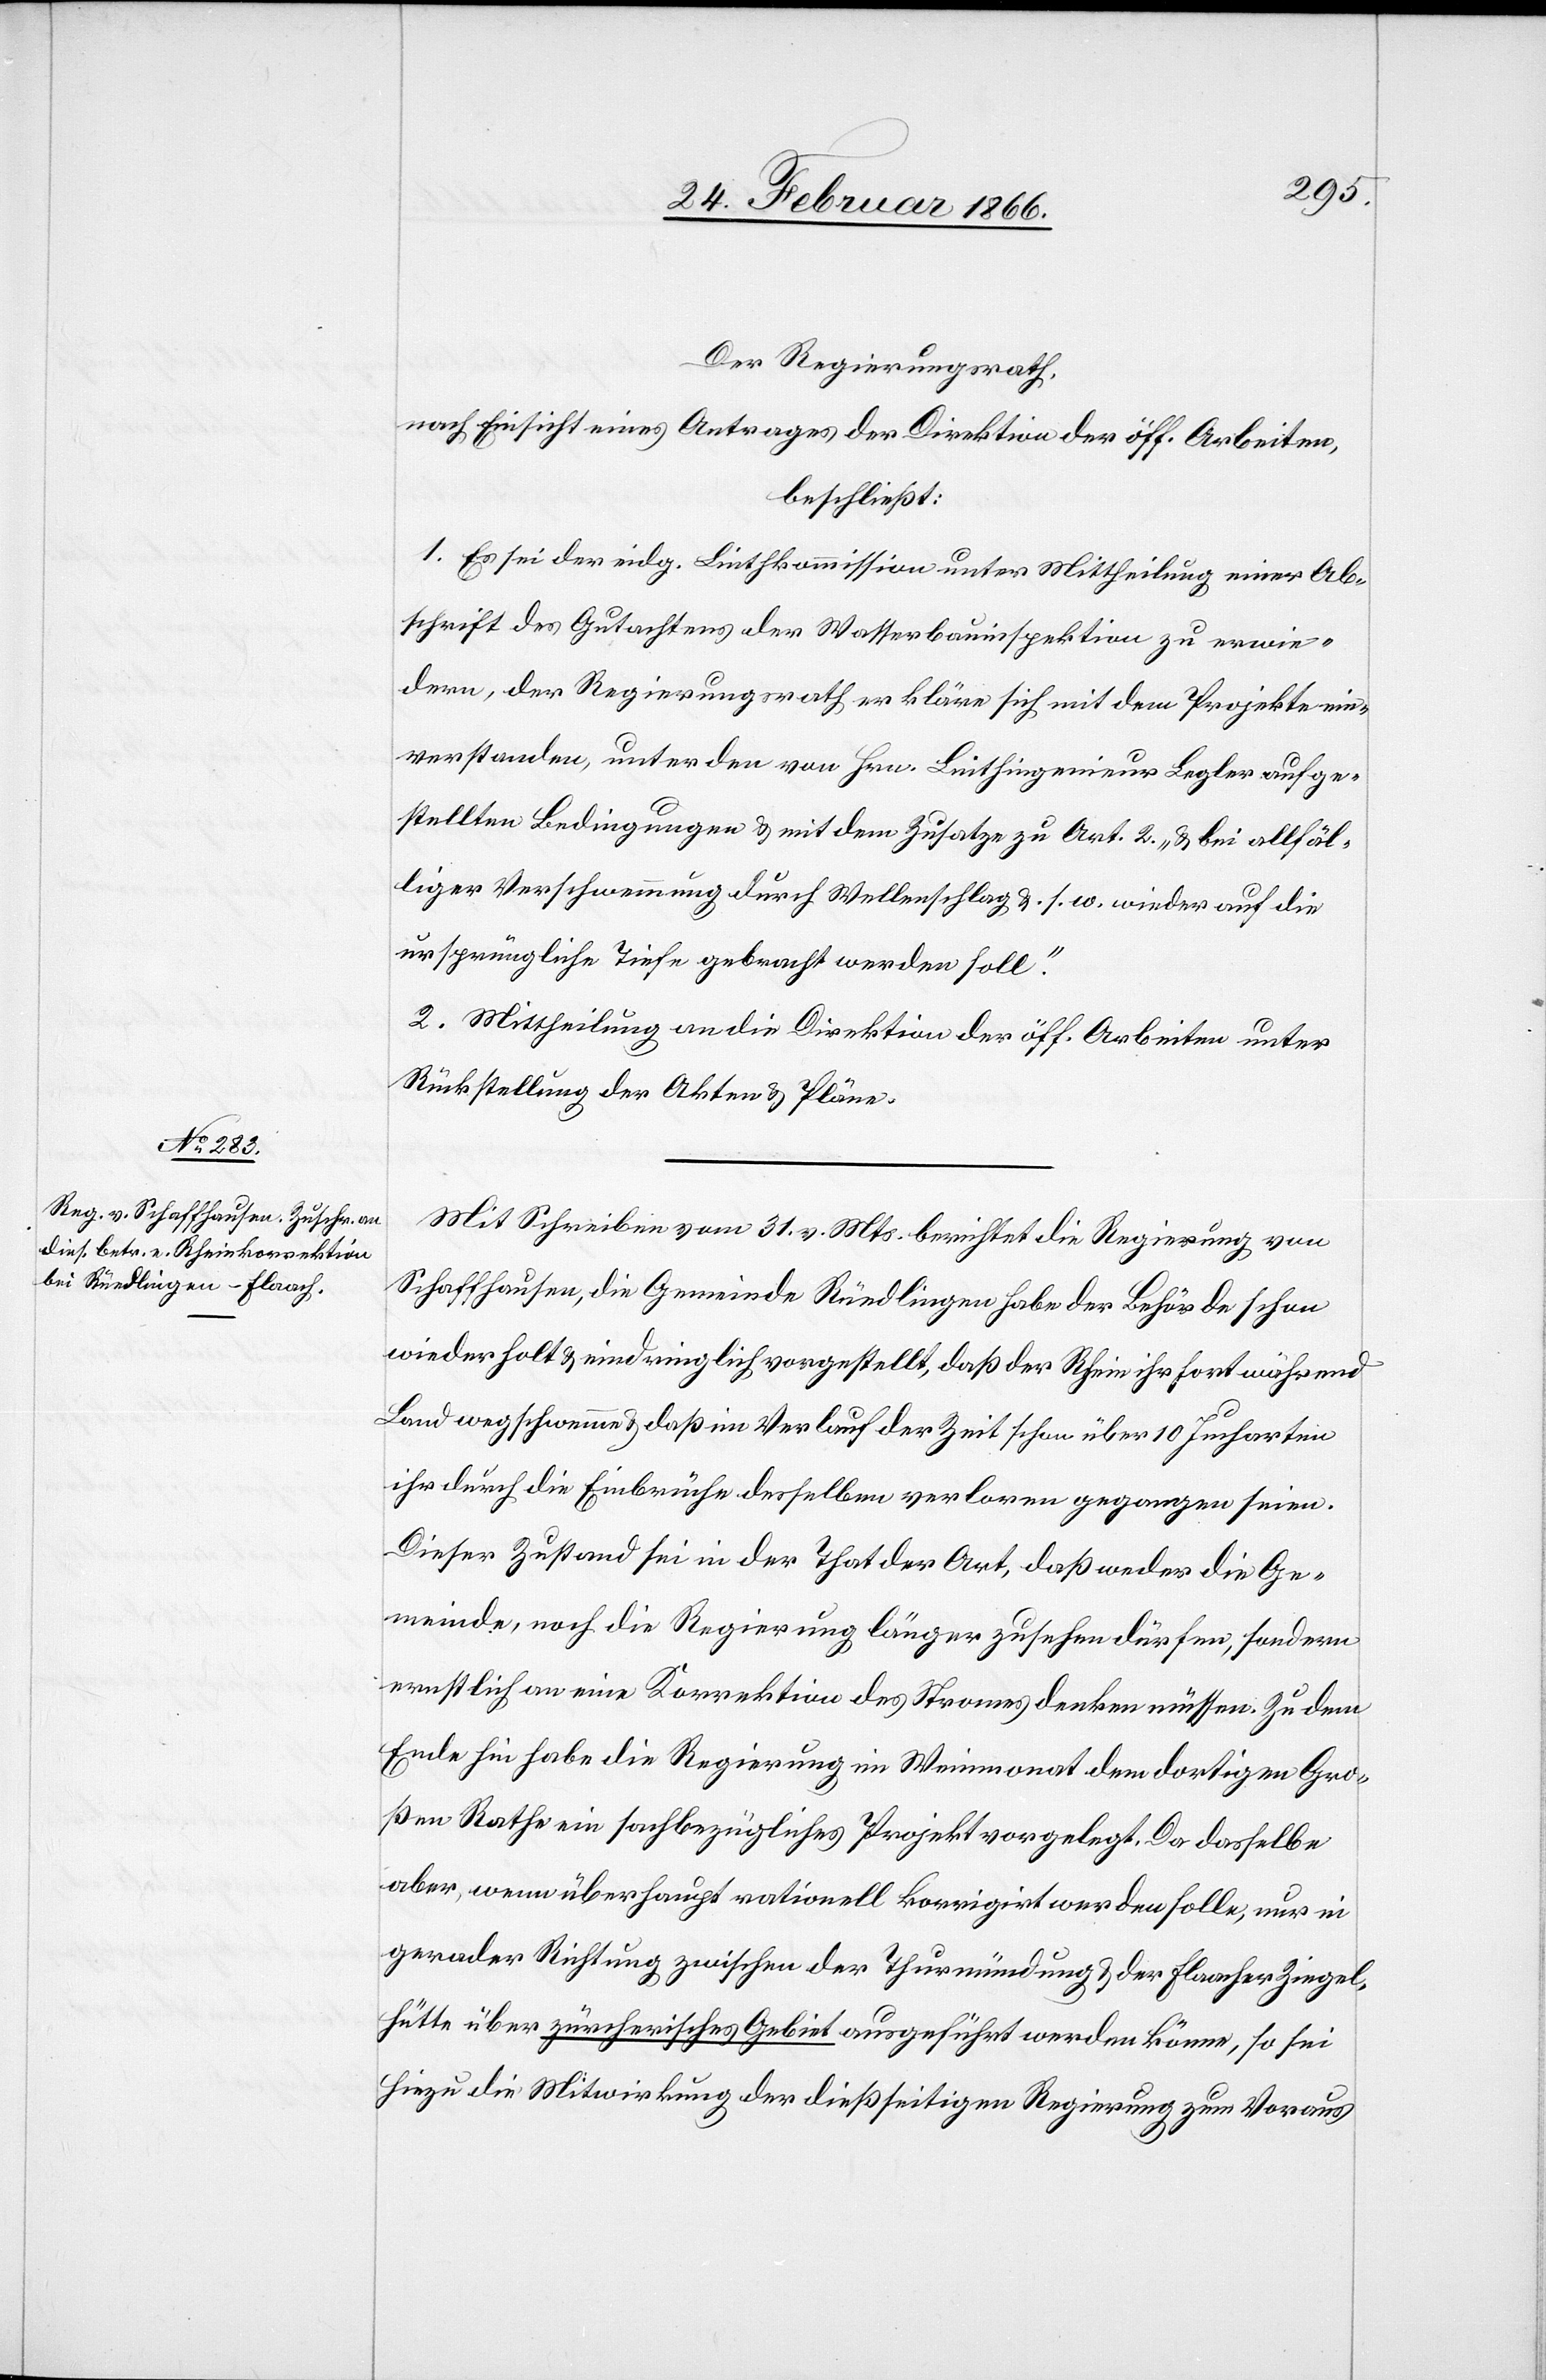
Der Regierungsrath,
nach Einsicht eines Antrages der Direktion der öff. Arbeiten,
beschließt:
1. Es sei der eidg. Linthkommission unter Mittheilung einer Ab¬
schrift des Gutachtens der Wasserbauinspektion zu erwie¬
dern, der Regierungsrath erkläre sich mit dem Projekte ein¬
verstanden, unter den von Hrn. Linthingenieur Legler aufge¬
stellten Bedingungen & mit dem Zusatze zu Art. 2 „& bei allfäl¬
liger Verschwemmung durch Wellenschlag u. s. w. wieder auf die
ursprüngliche Tiefe gebracht werden soll".
2. Mittheilung an die Direktion der öff. Arbeiten unter
Rückstellung der Akten & Pläne.
Mit Schreiben vom 31. v. Mts. berichtet die Regierung von
Schaffhausen, die Gemeinde Rüedlingen habe der Behörde schon
wiederholt u. eindringlich vorgestellt, daß der Rhein ihr fortwährend
Land wegschwemme u. daß im Verlauf der Zeit schon über 10 Jucharten
ihr durch die Einbrüche desselben verloren gegangen seien.
Dieser Zustand sei in der That der Art, daß weder die Ge¬
meinde, noch die Regierung länger zusehen dürfen; sondern
ernstlich an eine Korrektion des Stromes denken müssen. Zu dem
Ende sei [sic!] habe die Regierung im Weinmonat dem dortigen Gro¬
ßen Rathe ein sachbezügliches Projekt vorgelegt. Da dasselbe
aber, wenn überhaupt rationell korrigirt werden solle, nur in
gerader Richtung zwischen der Thurmündung u. der Flaacher Ziegel¬
hütte über zürcherisches Gebiet ausgeführt werden könne, so sei
hiezu die Mitwirkung der dießseitigen Regierung zum Voraus